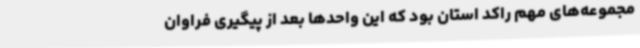
مجموعه‌های مهم راکد استان بود که این واحدها بعد از پیگیری فراوان